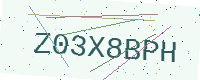
Text: Z03X8BPH